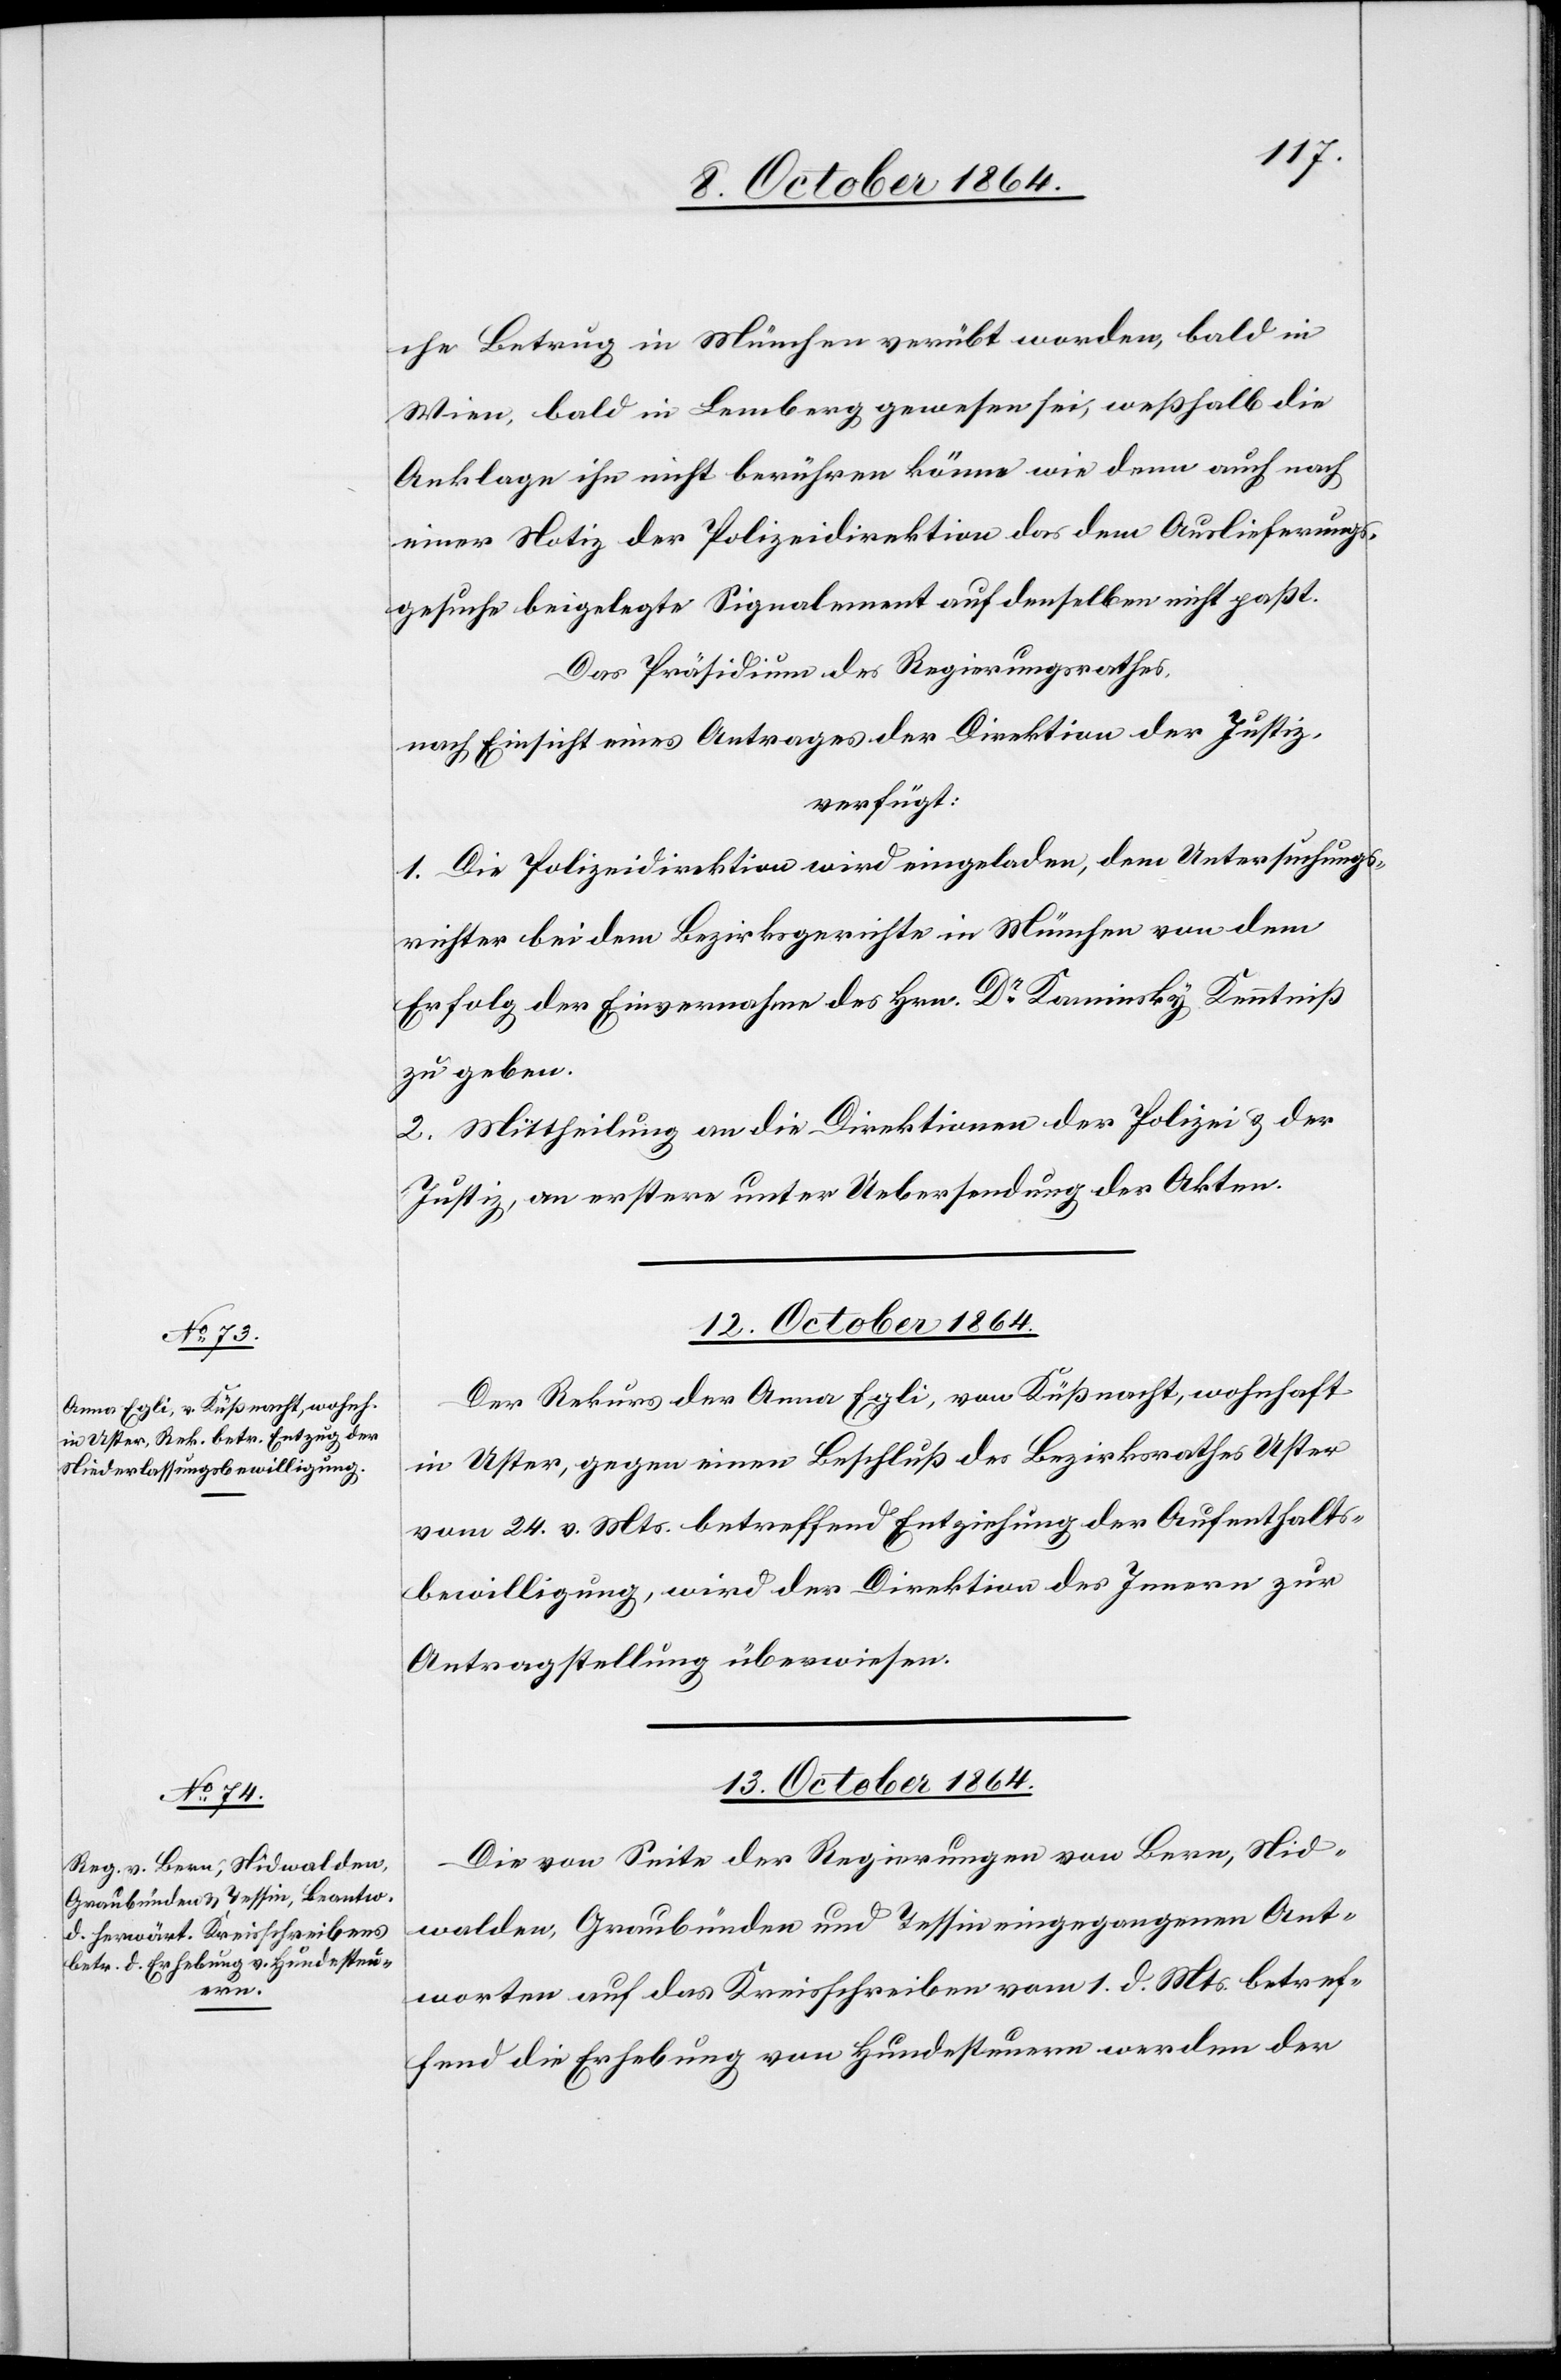
che Betrug in München verübt worden, bald in
Wien, bald in Lemberg gewesen sei, weßhalb die
Anklage ihn nicht berühren könne wie denn auch nach
einer Notiz der Polizeidirektion das dem Auslieferungs¬
gesuche beigelegte Signalment auf denselben nicht paßt.
Das Präsidium des Regierungsrathes,
nach Einsicht eines Antrages der Direktion der Justiz,
verfügt:
1. Die Polizeidirektion wird eingeladen, dem Untersuchungs¬
richter bei dem Bezirksgerichte in München von dem
Erfolg der Einvernahme des Hrn. Dr Kaminsky Kenntniß
zu geben.
2. Mittheilung an die Direktionen der Polizei & der
Justiz, an erstere unter Uebersendung der Akten.
12. October 1864.
Der Rekurs der Anna Egli, von Küßnacht, wohnhaft
in Uster, gegen einen Beschluß des Bezirksrathes Uster
vom 24. v. Mts. betreffend Entziehung der Aufenthalts¬
bewilligung, wird der Direktion des Innern zur
Antragstellung überwiesen.
13. October 1864.
Die von Seite der Regierungen von Bern, Nid¬
walden, Graubünden und Tessin eingezogenen Ant¬
worten auf das Kreisschreiben vom 1. d. Mts. betref¬
fend die Erhebung von Hundesteuern werden der